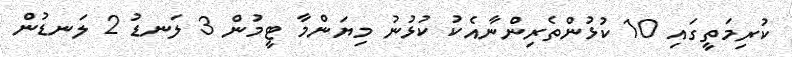
ކުރިމަތީގައި 10 ކުޅުންތެރިންނާއެކު ކުޅުނު މިޔަންމާ ޓީމުން 3 ލަނޑު 2 ލަނޑުން